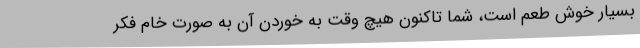
بسیار خوش طعم است، شما تاکنون هیچ وقت به خوردن آن به صورت خام فکر